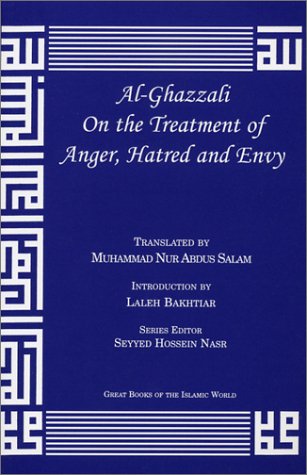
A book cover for al-Ghazzali On the Treatment of Anger, Hatred and Envy (Alchemy of Happiness); AbÃ» HÃ¢mid Muhammad ibn Muhammad al-GhazÃ¢lÃ®; Religion & Spirituality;